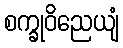
စက္ခုဝိညေယျံ